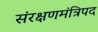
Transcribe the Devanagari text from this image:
संरक्षणमंत्रिपद